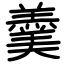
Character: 羹